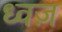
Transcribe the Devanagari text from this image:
ध्वज़